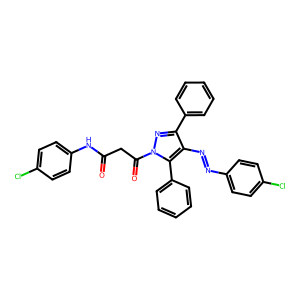
SMILES: O=C(CC(=O)n1nc(-c2ccccc2)c(N=Nc2ccc(Cl)cc2)c1-c1ccccc1)Nc1ccc(Cl)cc1
Inhibits HIV replication: No